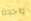
واحدة